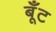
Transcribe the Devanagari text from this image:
बूँट